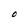
Character: O